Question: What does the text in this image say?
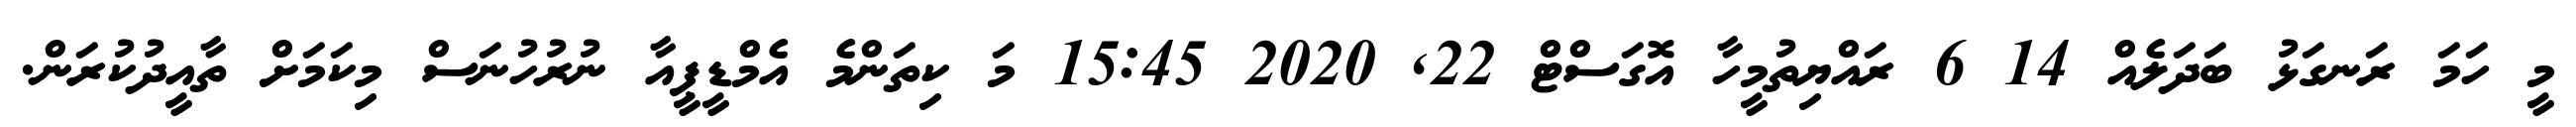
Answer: މީ ހަމަ ރަނގަޅު ބަދަލެއް 14 6 ރައްޔިތުމީހާ އޮގަސްޓް 22, 2020 15:45 މަ ކިތަންމެ އެމްޑީޕީއާ ނުރުހުނަސް މިކަމަށް ތާއީދުކުރަން.